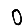
Digit: 0